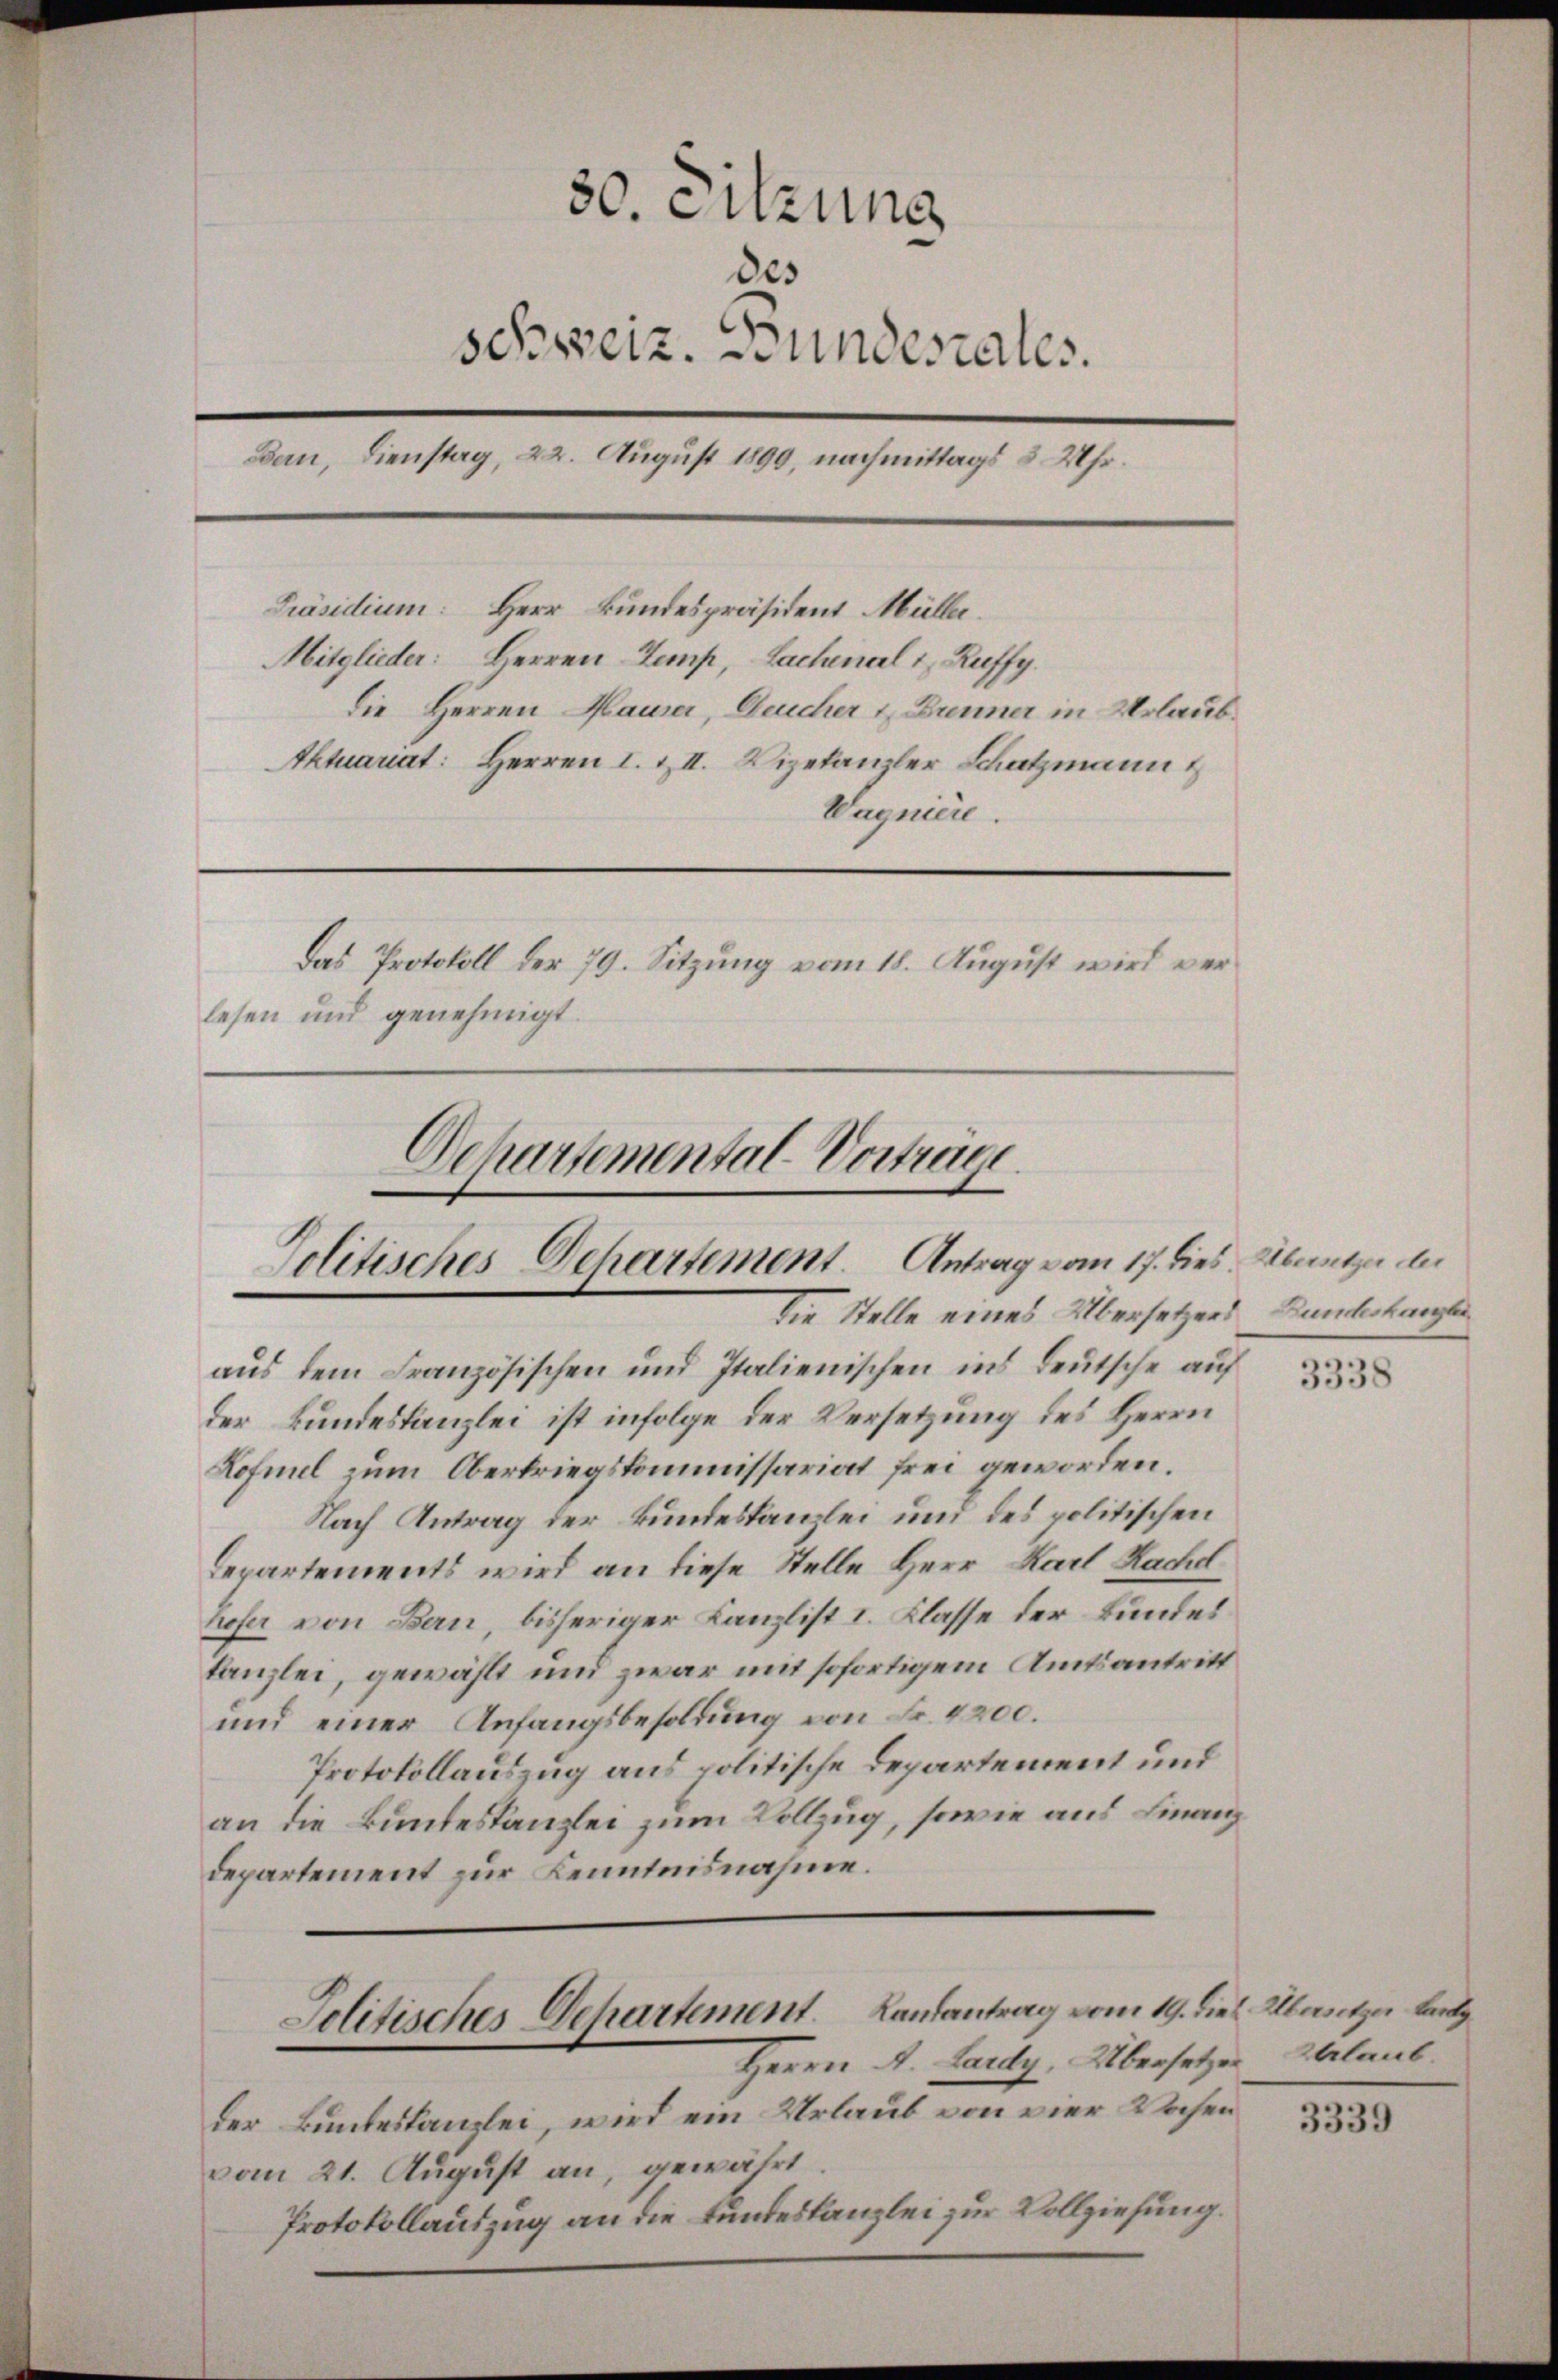
30. Sitzung
des
schweiz. Bundesrates.
Bern, Dienstag, 22. August 1890, nachmittags 3 Uhr.
Präsidium: Herr Bundespräsident Müller.
Mitglieder: Herren Temp, Lachenal & Ruffy.
die Herren Maurer, Deucher & Brenner in Urlaub¬
Aktuariat: Herren I. & II. Vizekanzler Schatzmann
Wagniere.
Das Protokoll der 79. Sitzung vom 18. August wird verlesen und genehmigt.

Departemental-Vorträge.
Politisches Dehartement. Antrag vom 17. dies. Abentze der
die Stelle eines Übersetzers Bundeskanzlei

aus dem Französischen und Italienischen ins Deutsche auf
der Bundeskanzlei ist infolge der Versetzung des Herrn
Lofmul zum Oberkriegskommissariat frei geworden.
Nach Antrag der Bundeskanzlei und des politischen
Departements wird an diese Stelle Herr Karl Rachd
hofer von Bern, bisheriger Kanzlist I. Klasse der Bundes
tanzlei, gewählt und zwar mit sofortigem Amtsantritt
und einer Anfangsbesoldung von Fr. 4200.
Protokollauszug aus politische Departement und
an die Bundeskanzlei zum Vollzug, sowie aus Finanz
departement zur Kenntnisnahme.
Jolitisches Dehartement. Landantrag vom 19. dies. Albersetzer Landg
Herrn A. Lardy, Übersetzer Erlaub.
der Bundeskanzlei, wird ein Urlaub von vier Wochen
vom 21. August an, gewährt.
Protokollauszug an die Fundeskanzlei zur Vollziehung.

3338

3339